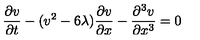
{ \frac { \partial v } { \partial t } } - ( v ^ { 2 } - 6 \lambda ) { \frac { \partial v } { \partial x } } - { \frac { \partial ^ { 3 } v } { \partial x ^ { 3 } } } = 0